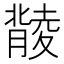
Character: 𦡟